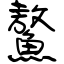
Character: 鰲